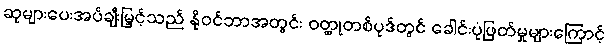
ဆုများပေးအပ်ချီးမြှင့်သည် နိုဝင်ဘာအတွင်း ဝတ္ထုတစ်ပုဒ်တွင် ခေါင်းပုံဖြတ်မှုများကြောင့်